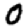
Digit: 0